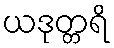
ယဒုတ္တရိ